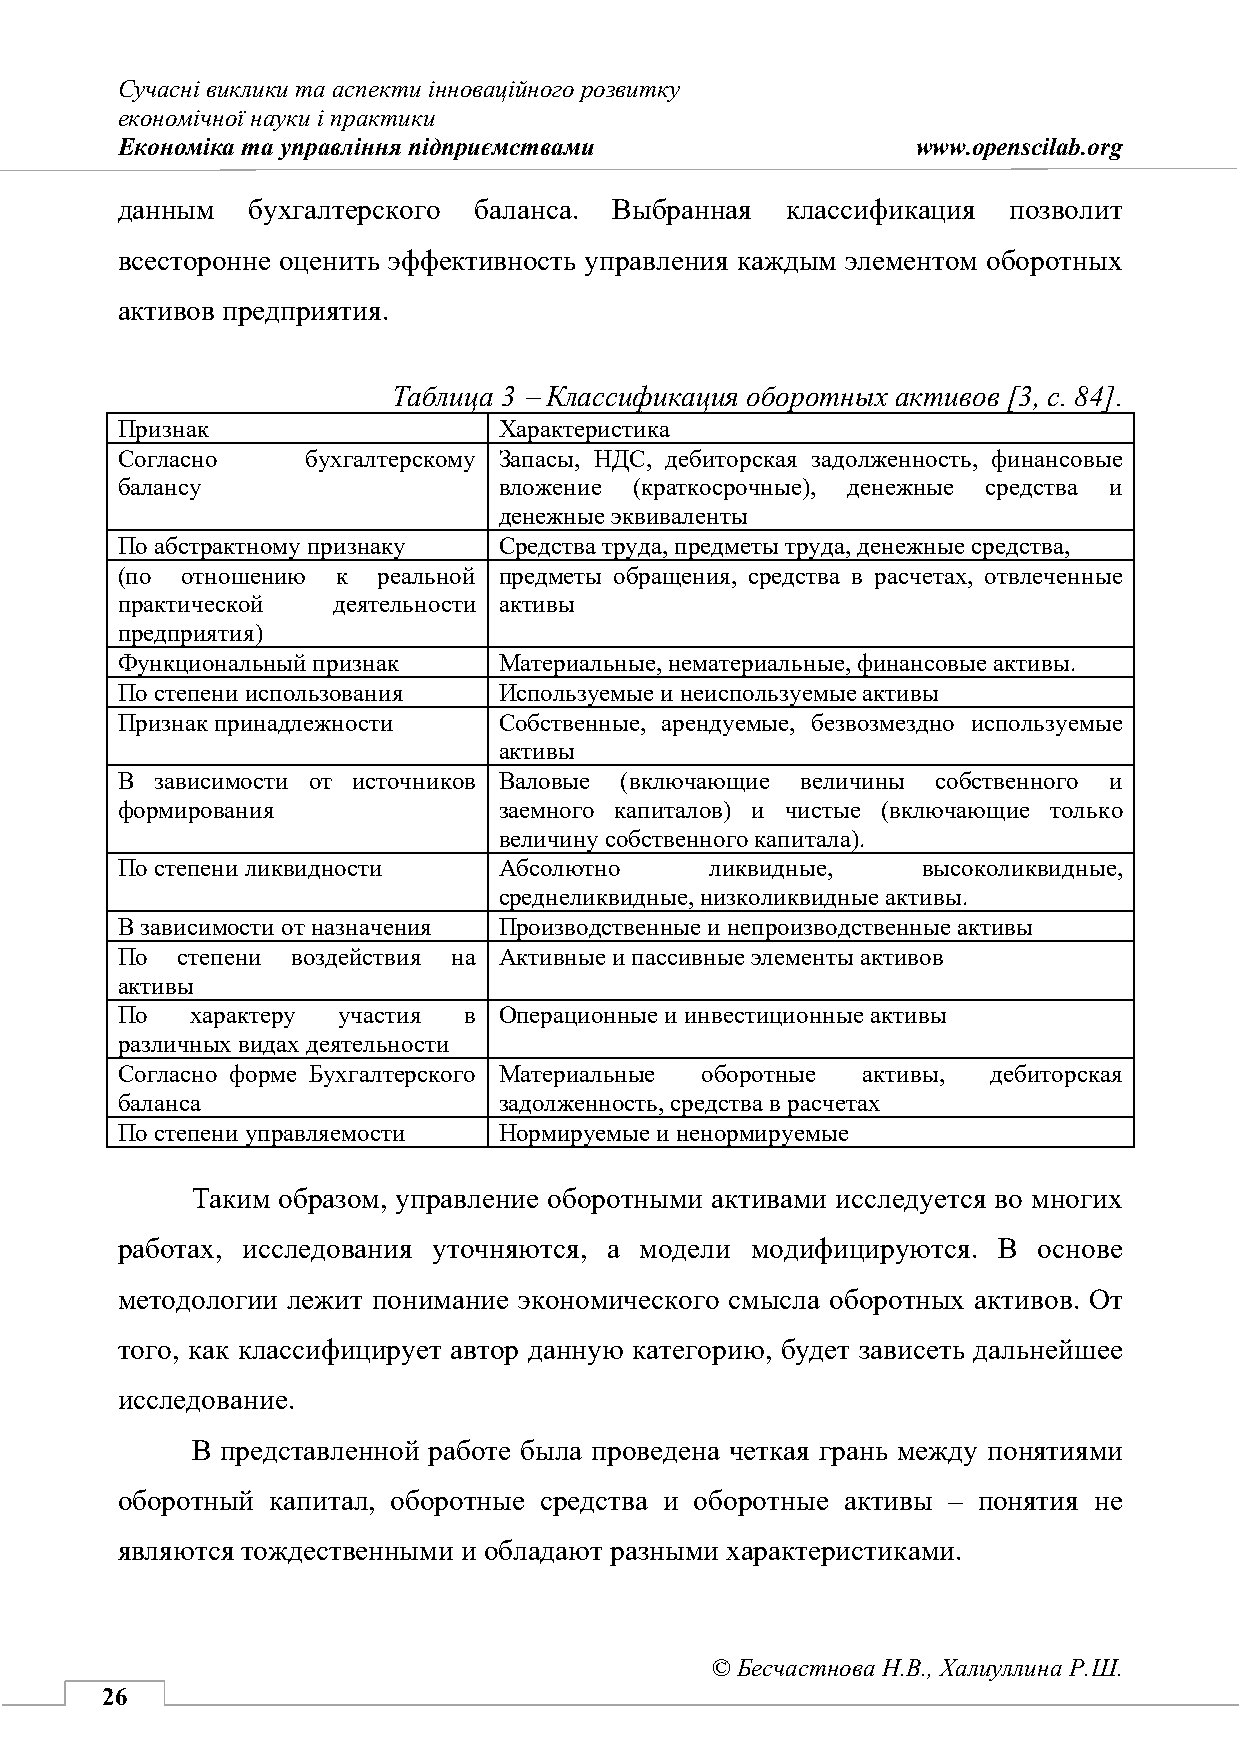
Сучасні виклики та аспекти інноваційного розвитку
 економічної науки і практики
 Економіка та управління підприємствами               www.openscilab.org
 данным  бухгалтерского баланса.  Выбранная  классификация  позволит
 всесторонне оценить эффективность управления каждым элементом оборотных
 активов предприятия.
 Таблица 3 − Классификация оборотных активов [3, с. 84].
 Признак                  Характеристика
 Согласно    бухгалтерскому Запасы, НДС, дебиторская задолженность, финансовые
 балансу                  вложение (краткосрочные), денежные средства и
 денежные эквиваленты
 По абстрактному признаку Средства труда, предметы труда, денежные средства,
 (по отношению к  реальной предметы обращения, средства в расчетах, отвлеченные
 практической  деятельности активы
 предприятия)
 Функциональный признак   Материальные, нематериальные, финансовые активы.
 По степени использования Используемые и неиспользуемые активы
 Признак принадлежности   Собственные, арендуемые, безвозмездно используемые
 активы
 В зависимости от источников Валовые (включающие величины собственного и
 формирования             заемного капиталов) и чистые (включающие только
 величину собственного капитала).
 По степени ликвидности   Абсолютно     ликвидные,    высоколиквидные,
 среднеликвидные, низколиквидные активы.
 В зависимости от назначения Производственные и непроизводственные активы
 По  степени воздействия на Активные и пассивные элементы активов
 активы
 По   характеру участия в Операционные и инвестиционные активы
 различных видах деятельности
 Согласно форме Бухгалтерского Материальные оборотные активы, дебиторская
 баланса                  задолженность, средства в расчетах
 По степени управляемости Нормируемые и ненормируемые
 Таким образом, управление оборотными активами исследуется во многих
 работах, исследования уточняются, а модели модифицируются. В основе
 методологии лежит понимание экономического смысла оборотных активов. От
 того, как классифицирует автор данную категорию, будет зависеть дальнейшее
 исследование.
 В представленной работе была проведена четкая грань между понятиями
 оборотный капитал, оборотные средства и оборотные активы – понятия не
 являются тождественными и обладают разными характеристиками.
 © Бесчастнова Н.В., Халиуллина Р.Ш.
 26